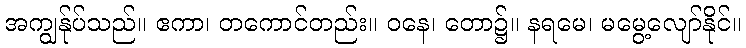
အကျွန်ုပ်သည်။ ဧကာ၊ တကောင်တည်း။ ဝနေ၊ တော၌။ နရမေ၊ မမွေ့လျော်နိုင်။